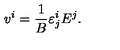
v ^ { i } = \frac { 1 } { B } \varepsilon _ { j } ^ { i } E ^ { j } .